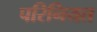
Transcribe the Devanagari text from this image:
परिनियत